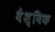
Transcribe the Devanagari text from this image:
वैश्‍िवक